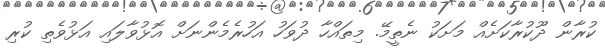
ކުރާން ދޫކުރާކަށެއް މަށަކު ނެތީމޭ. މިތައްހާ ދުވަހު އަހުރެމެންނަށް އޮޅުވާލައި އަޅުވެތި ކުރި